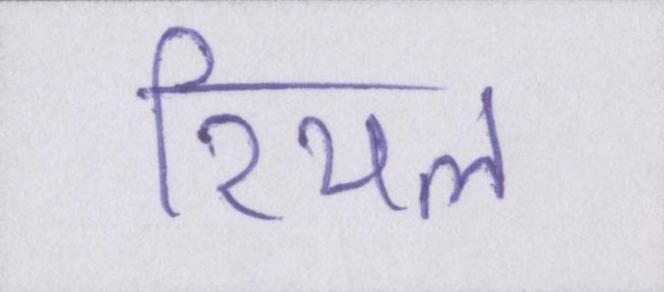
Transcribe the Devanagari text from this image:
रियल